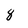
Character: 8